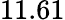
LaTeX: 11.61